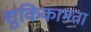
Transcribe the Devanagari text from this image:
शुकिकामता